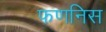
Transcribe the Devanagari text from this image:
फणनिस